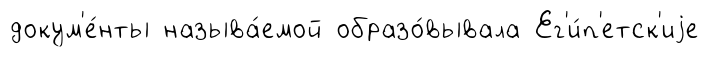
докум'е́нты называ́емой образо́вывала Ег'и́п'етск'иjе